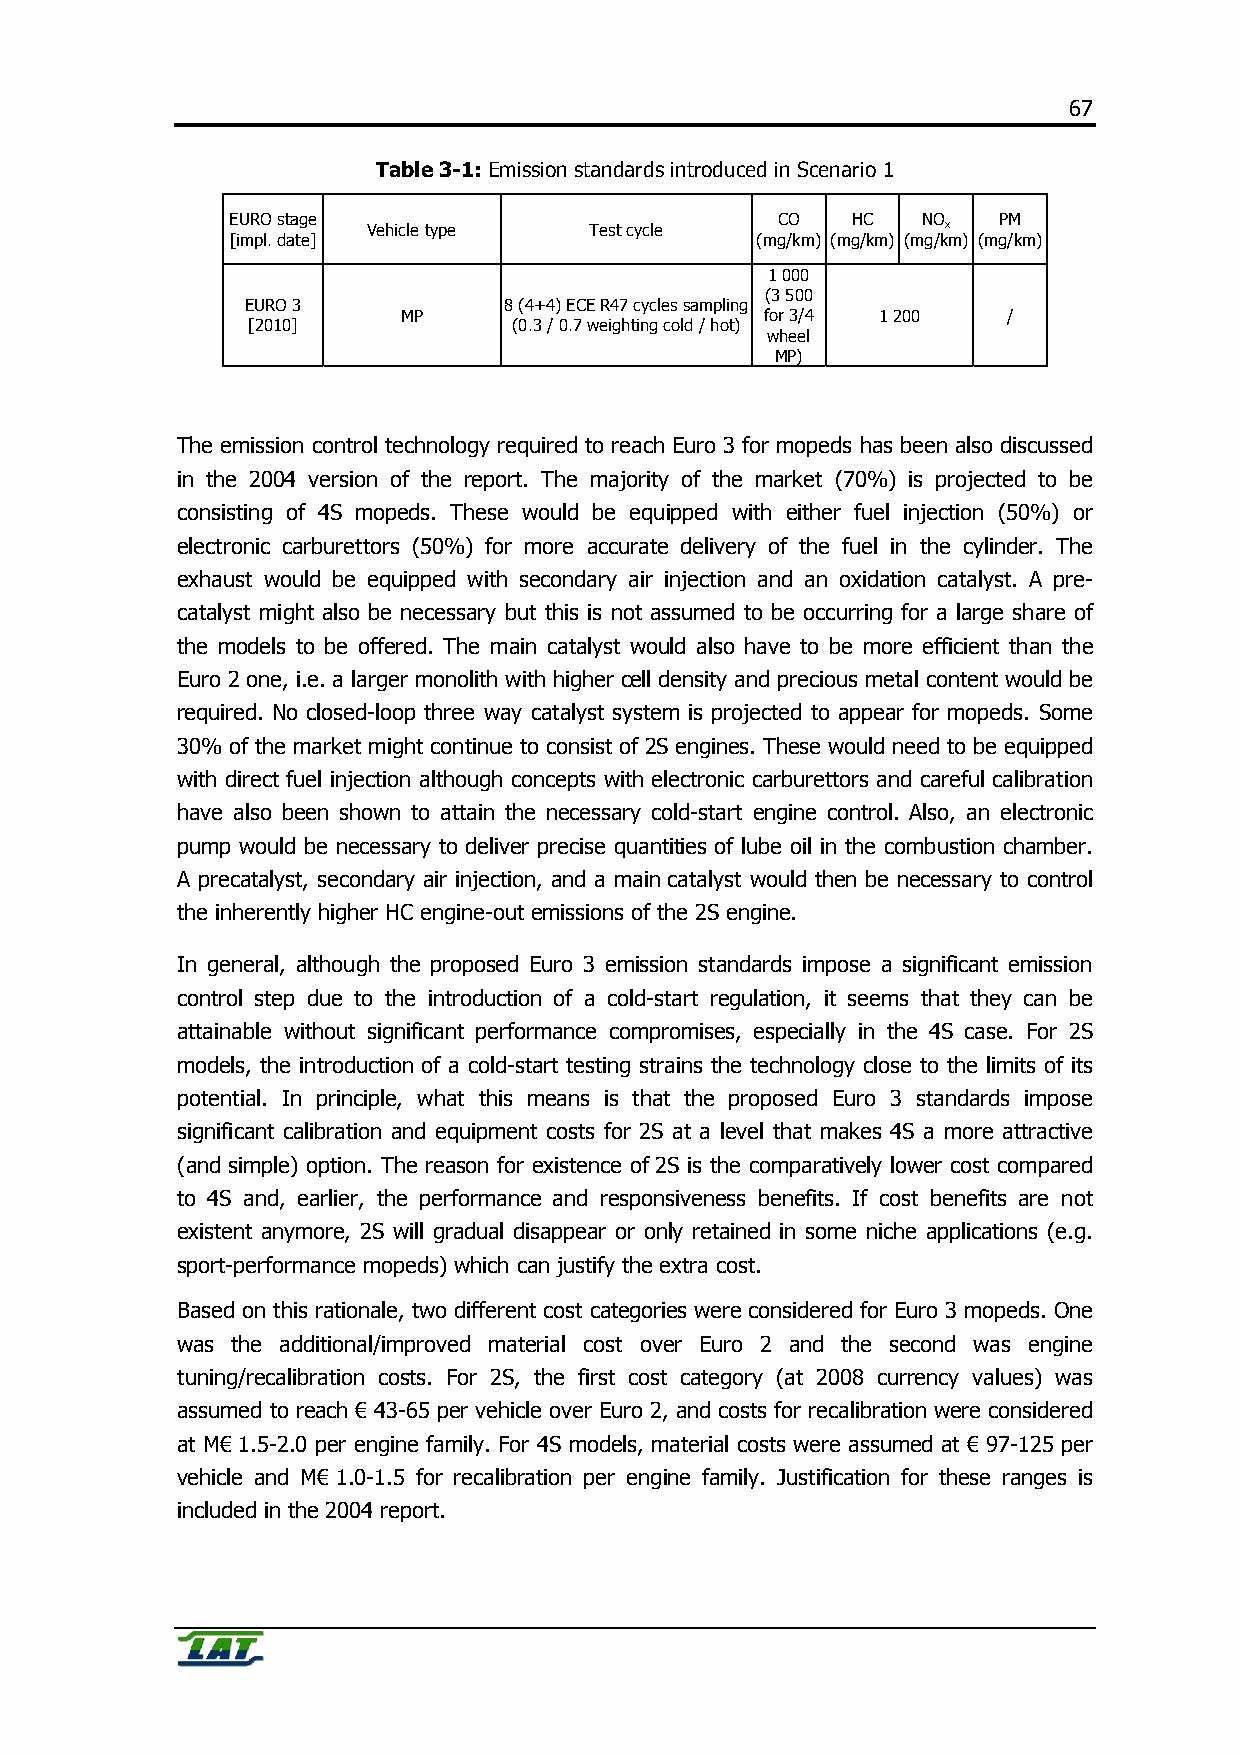
67
 Table 3-1: Emission standards introduced in Scenario 1
 EURO stage                          CO   HC   NO   PM
 Vehicle type   Test cycle              x
 [impl. date]                       (mg/km) (mg/km) (mg/km) (mg/km)
 1 000
 (3 500
 EURO 3           8 (4+4) ECE R47 cycles sampling
 MP                      for 3/4 1 200   /
 [2010]            (0.3 / 0.7 weighting cold / hot)
 wheel
 MP)
 The emission control technology required to reach Euro 3 for mopeds has been also discussed
 in the 2004 version of the report. The majority of the market (70%) is projected to be
 consisting of 4S mopeds. These would be equipped with either fuel injection (50%) or
 electronic carburettors (50%) for more accurate delivery of the fuel in the cylinder. The
 exhaust would be equipped with secondary air injection and an oxidation catalyst. A pre-
 catalyst might also be necessary but this is not assumed to be occurring for a large share of
 the models to be offered. The main catalyst would also have to be more efficient than the
 Euro 2 one, i.e. a larger monolith with higher cell density and precious metal content would be
 required. No closed-loop three way catalyst system is projected to appear for mopeds. Some
 30% of the market might continue to consist of 2S engines. These would need to be equipped
 with direct fuel injection although concepts with electronic carburettors and careful calibration
 have also been shown to attain the necessary cold-start engine control. Also, an electronic
 pump would be necessary to deliver precise quantities of lube oil in the combustion chamber.
 A precatalyst, secondary air injection, and a main catalyst would then be necessary to control
 the inherently higher HC engine-out emissions of the 2S engine.
 In general, although the proposed Euro 3 emission standards impose a significant emission
 control step due to the introduction of a cold-start regulation, it seems that they can be
 attainable without significant performance compromises, especially in the 4S case. For 2S
 models, the introduction of a cold-start testing strains the technology close to the limits of its
 potential. In principle, what this means is that the proposed Euro 3 standards impose
 significant calibration and equipment costs for 2S at a level that makes 4S a more attractive
 (and simple) option. The reason for existence of 2S is the comparatively lower cost compared
 to 4S and, earlier, the performance and responsiveness benefits. If cost benefits are not
 existent anymore, 2S will gradual disappear or only retained in some niche applications (e.g.
 sport-performance mopeds) which can justify the extra cost.
 Based on this rationale, two different cost categories were considered for Euro 3 mopeds. One
 was the additional/improved material cost over Euro 2 and the second was engine
 tuning/recalibration costs. For 2S, the first cost category (at 2008 currency values) was
 assumed to reach € 43-65 per vehicle over Euro 2, and costs for recalibration were considered
 at M€ 1.5-2.0 per engine family. For 4S models, material costs were assumed at € 97-125 per
 vehicle and M€ 1.0-1.5 for recalibration per engine family. Justification for these ranges is
 included in the 2004 report.